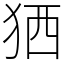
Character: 𤞏